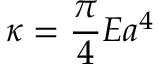
{ \kappa } = \frac { \pi } { 4 } E a ^ { 4 }